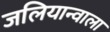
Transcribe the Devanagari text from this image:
जलियान्वाला